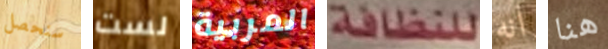
سنحصل لست المربية للنظافة انه هنا